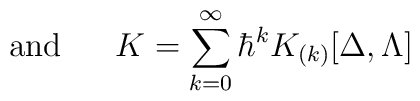
\mbox{~~~~~and~~~~~}K=\sum_{k=0}^{\infty}\hbar^k K_{(k)}[\Delta,\Lambda]